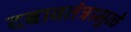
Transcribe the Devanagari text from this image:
दबावतंत्रामुळे